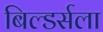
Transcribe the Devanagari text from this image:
बिल्डर्सला